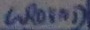
Text: GROUND